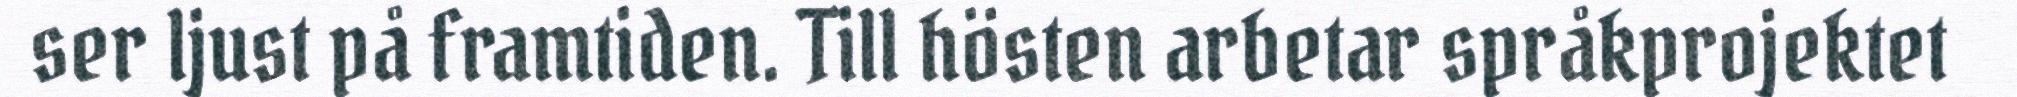
ser ljust på framtiden. Till hösten arbetar språkprojektet